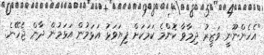
"އެެހެންނޫނީ ވަޒީރު ދިމާވާ ކޮންމެ ކަމަކަށް ފިޔަވަޅު އަޅަމުން އަޅަމުން ދާން ޖެހޭނެ.